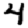
Digit: 4